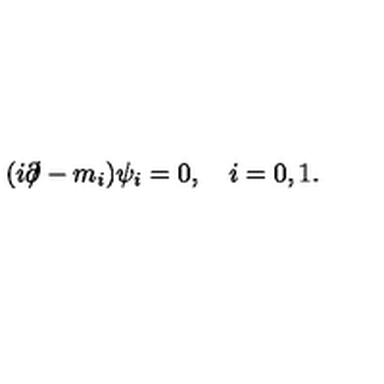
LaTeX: ( i \partial \! \! \! / - m _ { i } ) \psi _ { i } = 0 , \quad i = 0 , 1 .